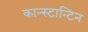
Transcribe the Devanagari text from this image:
कान्स्टान्टिन